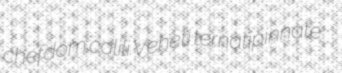
chefdom calili Veneti ternatipinnate